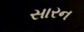
સારન